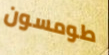
طومسون